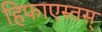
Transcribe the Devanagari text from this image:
हिफाएस्तस्‌